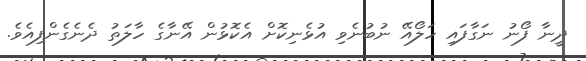
ދީނާ ފޯނު ނަގާފައި ހަލޯއޭ ނުބުނެވި އުޅެނިކޮށް އެކޮޅުން އޭނާގެ ހާލަތު ދެނެގެންފިއެވެ.